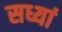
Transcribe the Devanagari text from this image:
सध्यां